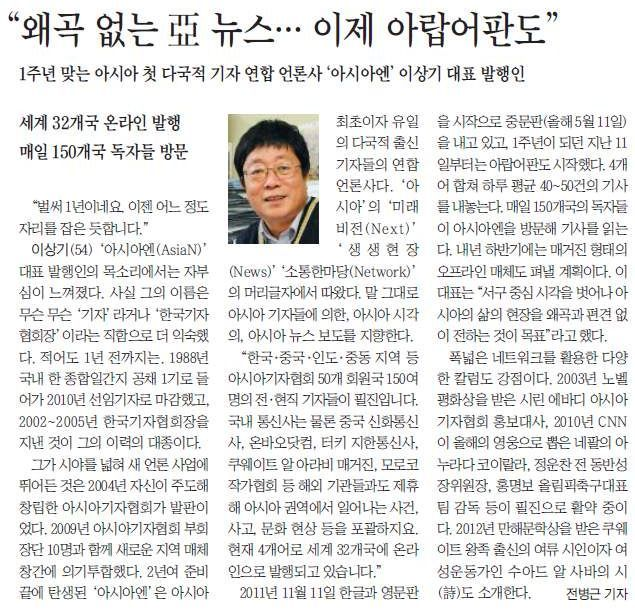
Language: ko